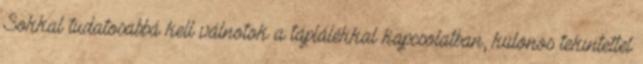
Sokkal tudatosabbá kell válnotok a táplálékkal kapcsolatban, különös tekintettel